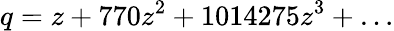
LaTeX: q=z+770z^{2}+1014275z^{3}+\ldots